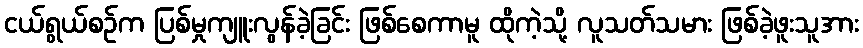
ငယ်ရွယ်စဉ်က ပြစ်မှုကျူးလွန်ခဲ့ခြင်း ဖြစ်စေကာမူ ထိုကဲ့သို့ လူသတ်သမား ဖြစ်ခဲ့ဖူးသူအား